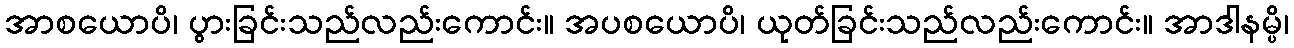
အာစယောပိ၊ ပွားခြင်းသည်လည်းကောင်း။ အပစယောပိ၊ ယုတ်ခြင်းသည်လည်းကောင်း။ အာဒါနမ္ပိ၊